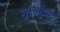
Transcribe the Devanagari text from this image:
गुलदुम